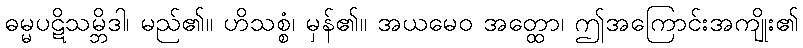
ဓမ္မပဋိသမ္ဘိဒါ၊ မည်၏။ ဟိသစ္စံ၊ မှန်၏။ အယမေဝ အတ္ထော၊ ဤအကြောင်းအကျိုး၏